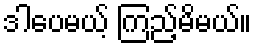
ဒါပေမယ့် ကြည့်မိမယ်။